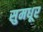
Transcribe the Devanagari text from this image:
सुमधूर